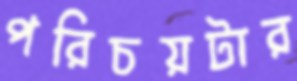
পরিচয়টার